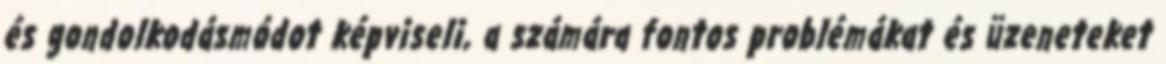
és gondolkodásmódot képviseli, a számára fontos problémákat és üzeneteket